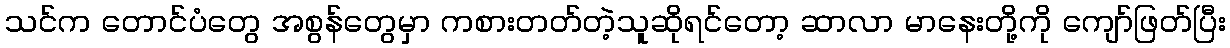
သင်က တောင်ပံတွေ အစွန်တွေမှာ ကစားတတ်တဲ့သူဆိုရင်တော့ ဆာလာ မာနေးတို့ကို ကျော်ဖြတ်ပြီး